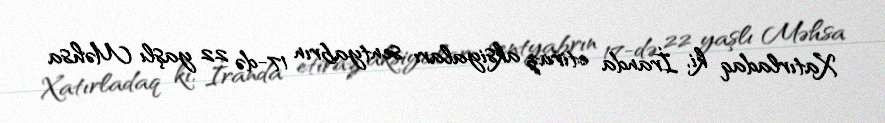
Xatırladaq ki, İranda etiraz aksiyaları sentyabrın 17-də 22 yaşlı Məhsa